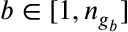
b \in [ 1 , n _ { g _ { b } } ]